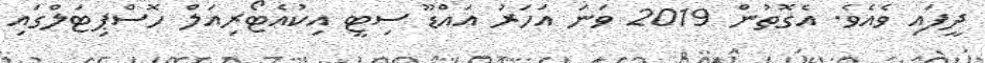
ދީފައި ވެއެވެ. އެގޮތުން 2019 ވަނަ އަހަރު އައްޑޫ ސިޓީ އިކުއެޓޯރިއަލް ހޮސްޕިޓަލްގައި